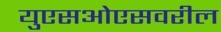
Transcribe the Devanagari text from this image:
युएसओएसवरील